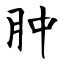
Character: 肿